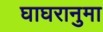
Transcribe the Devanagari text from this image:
घाघरानुमा